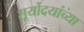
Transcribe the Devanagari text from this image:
सूर्योदयांच्या